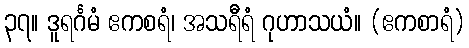
၃၇။ ဒူရင်္ဂမံ ဧကစရံ၊ အသရီရံ ဂုဟာသယံ။ (ဧကစာရံ)